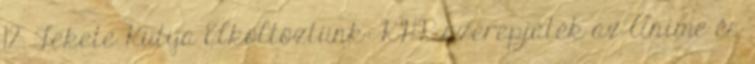
12. Fekete Kutya Elköltöztünk: KHR szerepjáték az Anime és